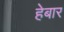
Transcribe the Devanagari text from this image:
हेबार